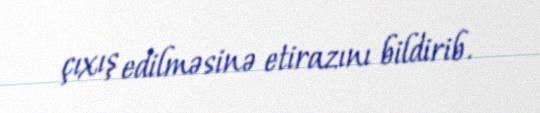
çıxış edilməsinə etirazını bildirib.